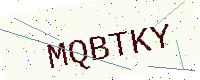
Text: MQBTKY